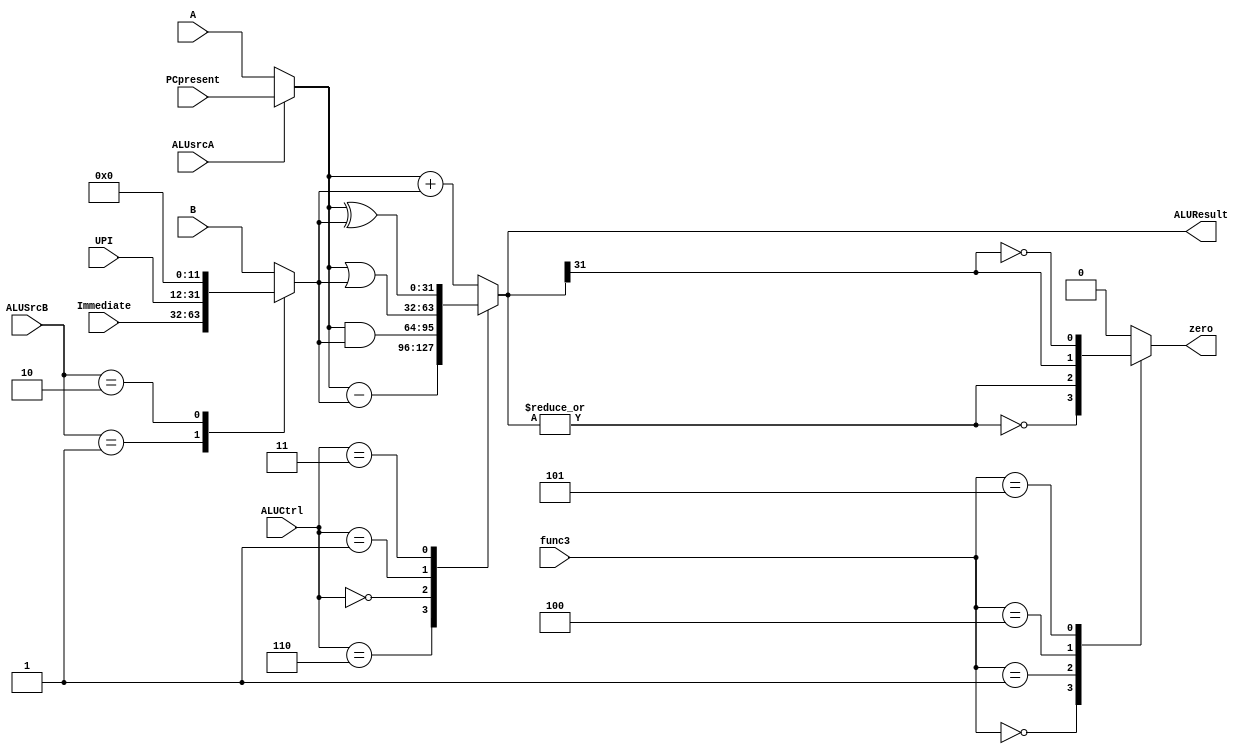
`timescale 1ns / 1ps
////////////////////////////////////////////////////////////////////////////////// 
// Module Name: EXECUTE
// Project Name: Single Cycle Processor
//////////////////////////////////////////////////////////////////////////////////

module EXECUTE(
    input [31:0] A,B,Immediate,PCpresent,
    input [19:0] UPI,
    input [2:0] func3,
    output reg [31:0] ALUResult,
    input [1:0] ALUSrcB,
    input ALUsrcA,
    input [3:0] ALUCtrl,
    output reg zero
    );
    reg [31:0] Bmux;
    wire beq,bne,bl,bge;
    wire [31:0] Amux;
    
    always @(*)
        case(ALUSrcB)
            2'b00: Bmux = B;
            2'b01: Bmux = Immediate;
            2'b10: Bmux = {UPI,12'd0};
            default: Bmux = B;
        endcase
     
     assign Amux = ALUsrcA?PCpresent:A;   
        
    always @(*)
    case(ALUCtrl)
        4'b0010: ALUResult = Amux + Bmux;
        4'b0110: ALUResult = Amux - Bmux;
        4'b0000: ALUResult = Amux & Bmux;
        4'b0001: ALUResult = Amux | Bmux;
        4'b0011: ALUResult = Amux^Bmux;
        default: ALUResult = Amux + Bmux;
    endcase
    assign beq = ~(|ALUResult);
    assign bne = |ALUResult;
    assign bl = ALUResult[31];
    assign bge = ~ALUResult[31];
    
    always @(*)
        case(func3)
            3'b000: zero = beq;
            3'b001: zero = bne;
            3'b100: zero = bl;
            3'b101: zero = bge;
            default: zero = 1'b0;
        endcase
endmodule